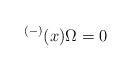
LaTeX: \begin{align*}^{(-)}(x)\Omega =0\end{align*}